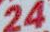
24